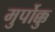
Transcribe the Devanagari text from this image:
मुर्पोक्कु